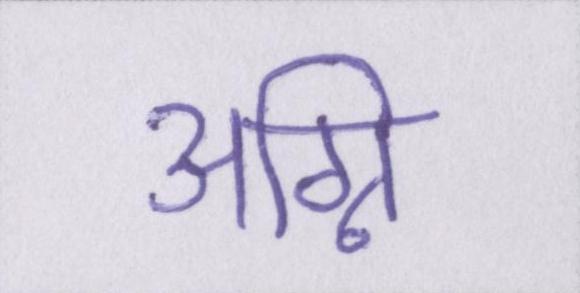
अग्नि